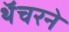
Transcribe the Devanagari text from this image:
थॅचरने